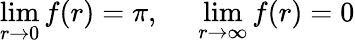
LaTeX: \operatorname*{lim}_{r\rightarrow 0}f(r)=\pi,\: \: \: \: \: \: \operatorname*{lim}_{r\rightarrow\infty}f(r)=0